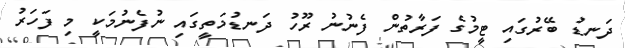
ދަނޑު ބޭރުގައި ޓީމުގެ ފަރާތުން ފެނުނު ރޫހު ދަނޑުމަތީގައި ނުފެނުމަކީ މި ފަހަރު